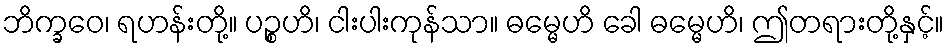
ဘိက္ခဝေ၊ ရဟန်းတို့။ ပဉ္စဟိ၊ ငါးပါးကုန်သာ။ ဓမ္မေဟိ ခေါ ဓမ္မေဟိ၊ ဤတရားတို့နှင့်။